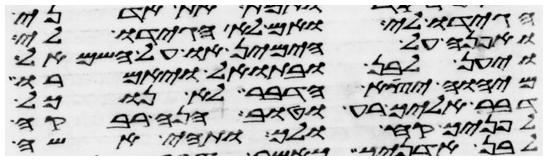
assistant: הגידו לי ואם לא הגידו לי
ואפנה על הימין או על השמאל
ויען לבן ובתואל ויאמרו
מיהוה יצא הדבר לא נוכל
דבר אליך רע וטוב הנה רבקה
לפניך קח ולך ותהי אשה